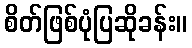
စိတ်ဖြစ်ပုံပြဆိုခန်း။